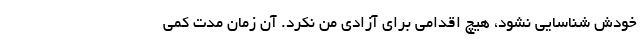
خودش شناسایی نشود، هیچ اقدامی برای آزادی من نکرد. آن زمان مدت کمی